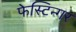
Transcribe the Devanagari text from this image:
फेस्टिन्गर